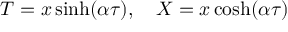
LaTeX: T = x \sinh ( \alpha \tau ) , \quad X = x \cosh ( \alpha \tau )